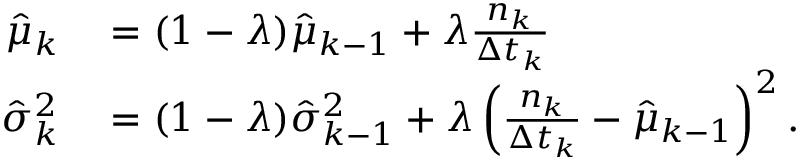
\begin{array} { r l } { \hat { \mu } _ { k } } & { { } = ( 1 - \lambda ) \hat { \mu } _ { k - 1 } + \lambda \frac { n _ { k } } { \Delta t _ { k } } } \\ { \hat { \sigma } _ { k } ^ { 2 } } & { { } = ( 1 - \lambda ) \hat { \sigma } _ { k - 1 } ^ { 2 } + \lambda \left( \frac { n _ { k } } { \Delta t _ { k } } - \hat { \mu } _ { k - 1 } \right) ^ { 2 } . } \end{array}